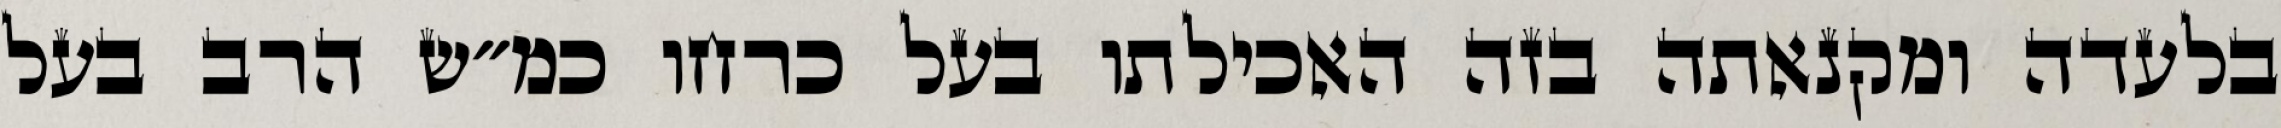
בלעדה ומקנאתה בזה האכילתו בעל כרחו כמ״ש הרב בעל